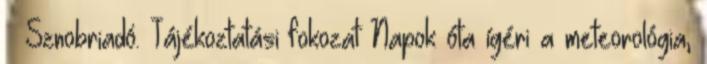
– Sznobriadó. Tájékoztatási fokozat Napok óta ígéri a meteorológia,